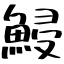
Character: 鮼